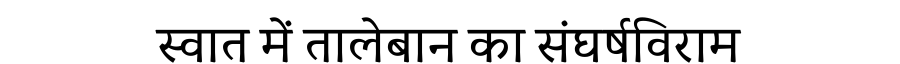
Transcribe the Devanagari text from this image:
स्वात में तालेबान का संघर्षविराम